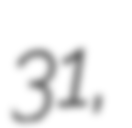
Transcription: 31,